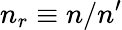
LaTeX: n_{r}\equiv n/n^{\prime}